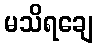
မသိရချေ